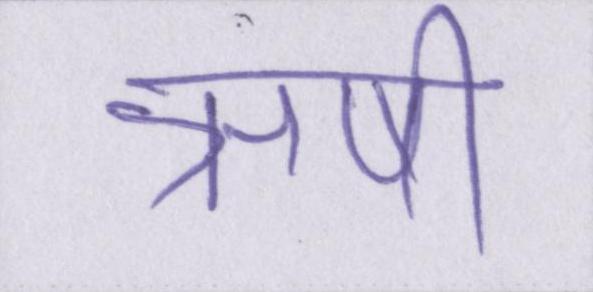
ऋषी